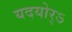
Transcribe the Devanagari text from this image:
यदयोर्ऽ